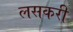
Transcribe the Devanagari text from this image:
लसकरी